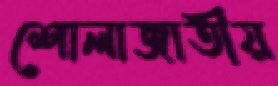
শোলাজাতীয়